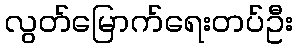
လွတ်မြောက်ရေးတပ်ဦး